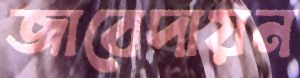
জাবেদায়ন